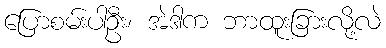
ပြောစမ်းပါဦး၊ အဲဒါက ဘာထူးခြားလို့လဲ